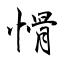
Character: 愲